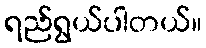
ရည်ရွယ်ပါတယ်။